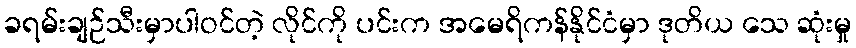
ခရမ်းချဉ်သီးမှာပါဝင်တဲ့ လိုင်ကို ပင်းက အမေရိကန်နိုင်ငံမှာ ဒုတိယ သေ ဆုံးမှု